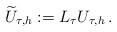
LaTeX: \begin{align*}\widetilde U_{\tau,h}:= L_\tau U_{\tau,h}\,.\end{align*}